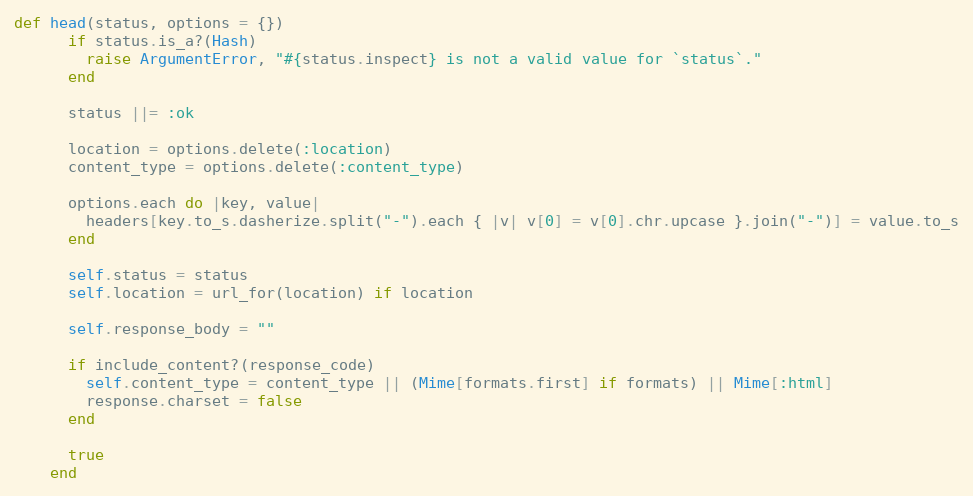
Language: Ruby
def head(status, options = {})
      if status.is_a?(Hash)
        raise ArgumentError, "#{status.inspect} is not a valid value for `status`."
      end

      status ||= :ok

      location = options.delete(:location)
      content_type = options.delete(:content_type)

      options.each do |key, value|
        headers[key.to_s.dasherize.split("-").each { |v| v[0] = v[0].chr.upcase }.join("-")] = value.to_s
      end

      self.status = status
      self.location = url_for(location) if location

      self.response_body = ""

      if include_content?(response_code)
        self.content_type = content_type || (Mime[formats.first] if formats) || Mime[:html]
        response.charset = false
      end

      true
    end